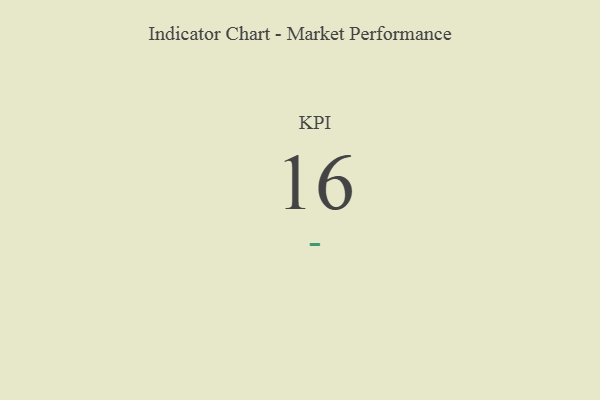
{"axis": {"x": "KPI", "y": "Value"}, "legend": [""], "data": [{"x": "KPI", "y": 16, "type": ""}]}